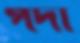
পর্দা